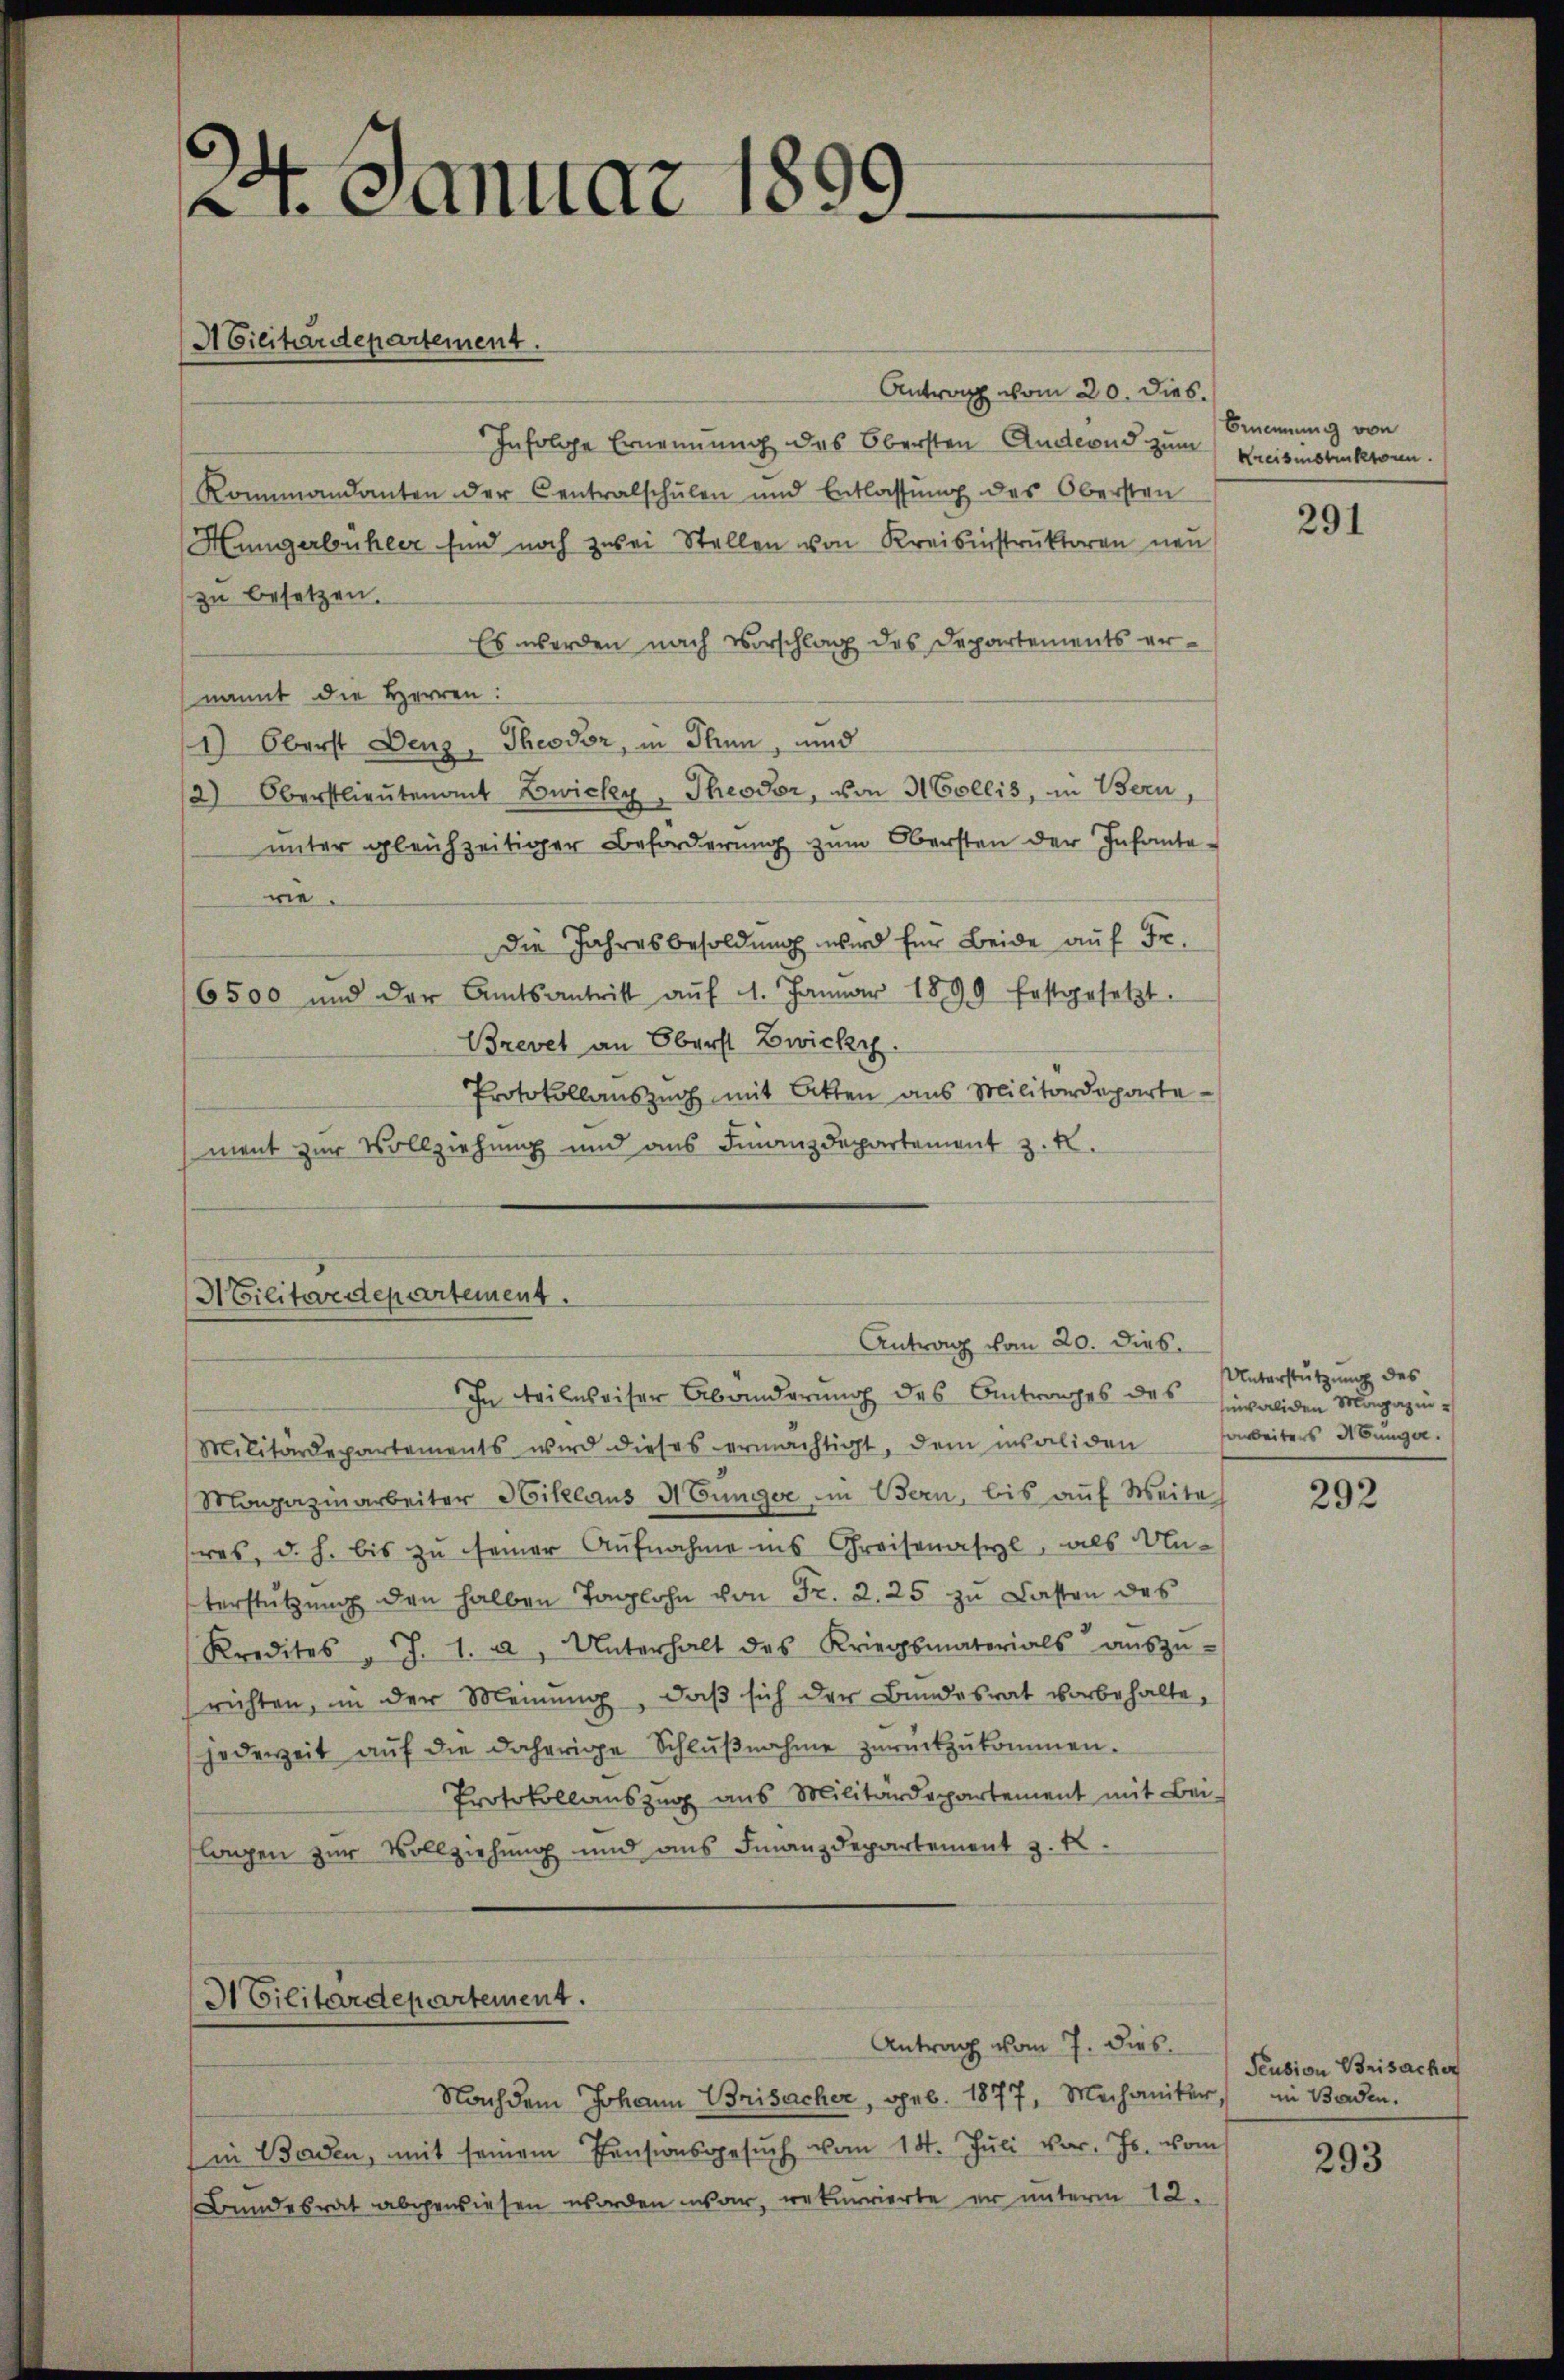
21. Januar 1899.

ACilitärdepartement.

Antrag vom 20. dies.
Infolge Ernennung des Obersten Andernd zum Kreisinstruktonn.
Kommandanten der Centralschulen und Entlassung des Obersten
Hungerbühler sind noch zwei Stellen von Kreisinstruktoren neu
zu besetzen.
Es werden nach Vorschlag des Departements ernannt die Herren:
1) Oberst Denz, Theodor, in Thun, und
/2) Oberstlieutenant Zwicke, Theodor, von H Collis, in Bern,
ŭnter gleichzeitiger Beforderŭng zŭm Obersten der Infante-
rie.
Die Jahresbesoldung wird für Beide auf Fr.
6500 und der Amtsantritt aŭf 1. Januar 1899 festgesetzt.
Brevet an Oberst Zwicky.
Protokollauszug mit Bitten aus Militärdepartement zur Vollziehung und aus Finanzdepartement z. K.

Militärdepartement.
Antrag vom 20. dies
In Teilweiser Abänderung des Antworches des invaliden Magazin¬

Militärdepartements wird dieses ermächtigt, dem insoliden soweiters Abŭnge
Magazinarbeiter Niklaus Münger im Bern, bis aŭf Weite
res, d. h. bis zu seiner Aufnahme ins Greisenasyl, als Un-
terstützung den halben Taglohn von Fr. 2. 25 zu Lasten des
Kredites J. 1. a, Unterhalt des Kriegsmaterials aŭszŭ-
richten, in der Meinŭng, daβ sich der Bundesrat vorbehalte,
jederzeit aŭf die daherige Schlŭβnahme zŭrückzŭkommen.
Protokollauszug aus Militärdepartement mit Bei-
lagen zur Vollziehung und ans Finanzdepartement z. R.

I Cilitärdepartement.

Antrag vom 7. dies
Nachdem Johann Brisacher, geb. 1877, Mechaniker, in Baden.
in Baden, mit seinem Pensionsgesuch vom 14. Juli vor. Js. vom
Bundesrat abgewiesen worden war, rekurrierte er unterm 12.

Benennung von

291

Unterstützung des

292

Peusion Brisacher

293